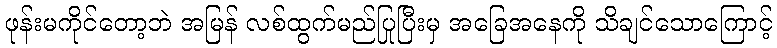
ဖုန်းမကိုင်တော့ဘဲ အမြန် လစ်ထွက်မည်ပြုပြီးမှ အခြေအနေကို သိချင်သောကြောင့်